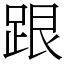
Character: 跟